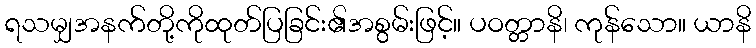
ရသမျှအနက်တို့ကိုထုတ်ပြခြင်း၏အစွမ်းဖြင့်။ ပဝတ္တာနိ၊ ကုန်သော။ ယာနိ